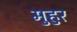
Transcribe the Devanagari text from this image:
मुहुर